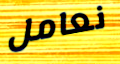
نعامل